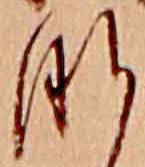
な